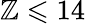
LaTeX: \mathbb{Z}\leqslant14